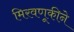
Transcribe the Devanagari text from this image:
मिरवणूकीने